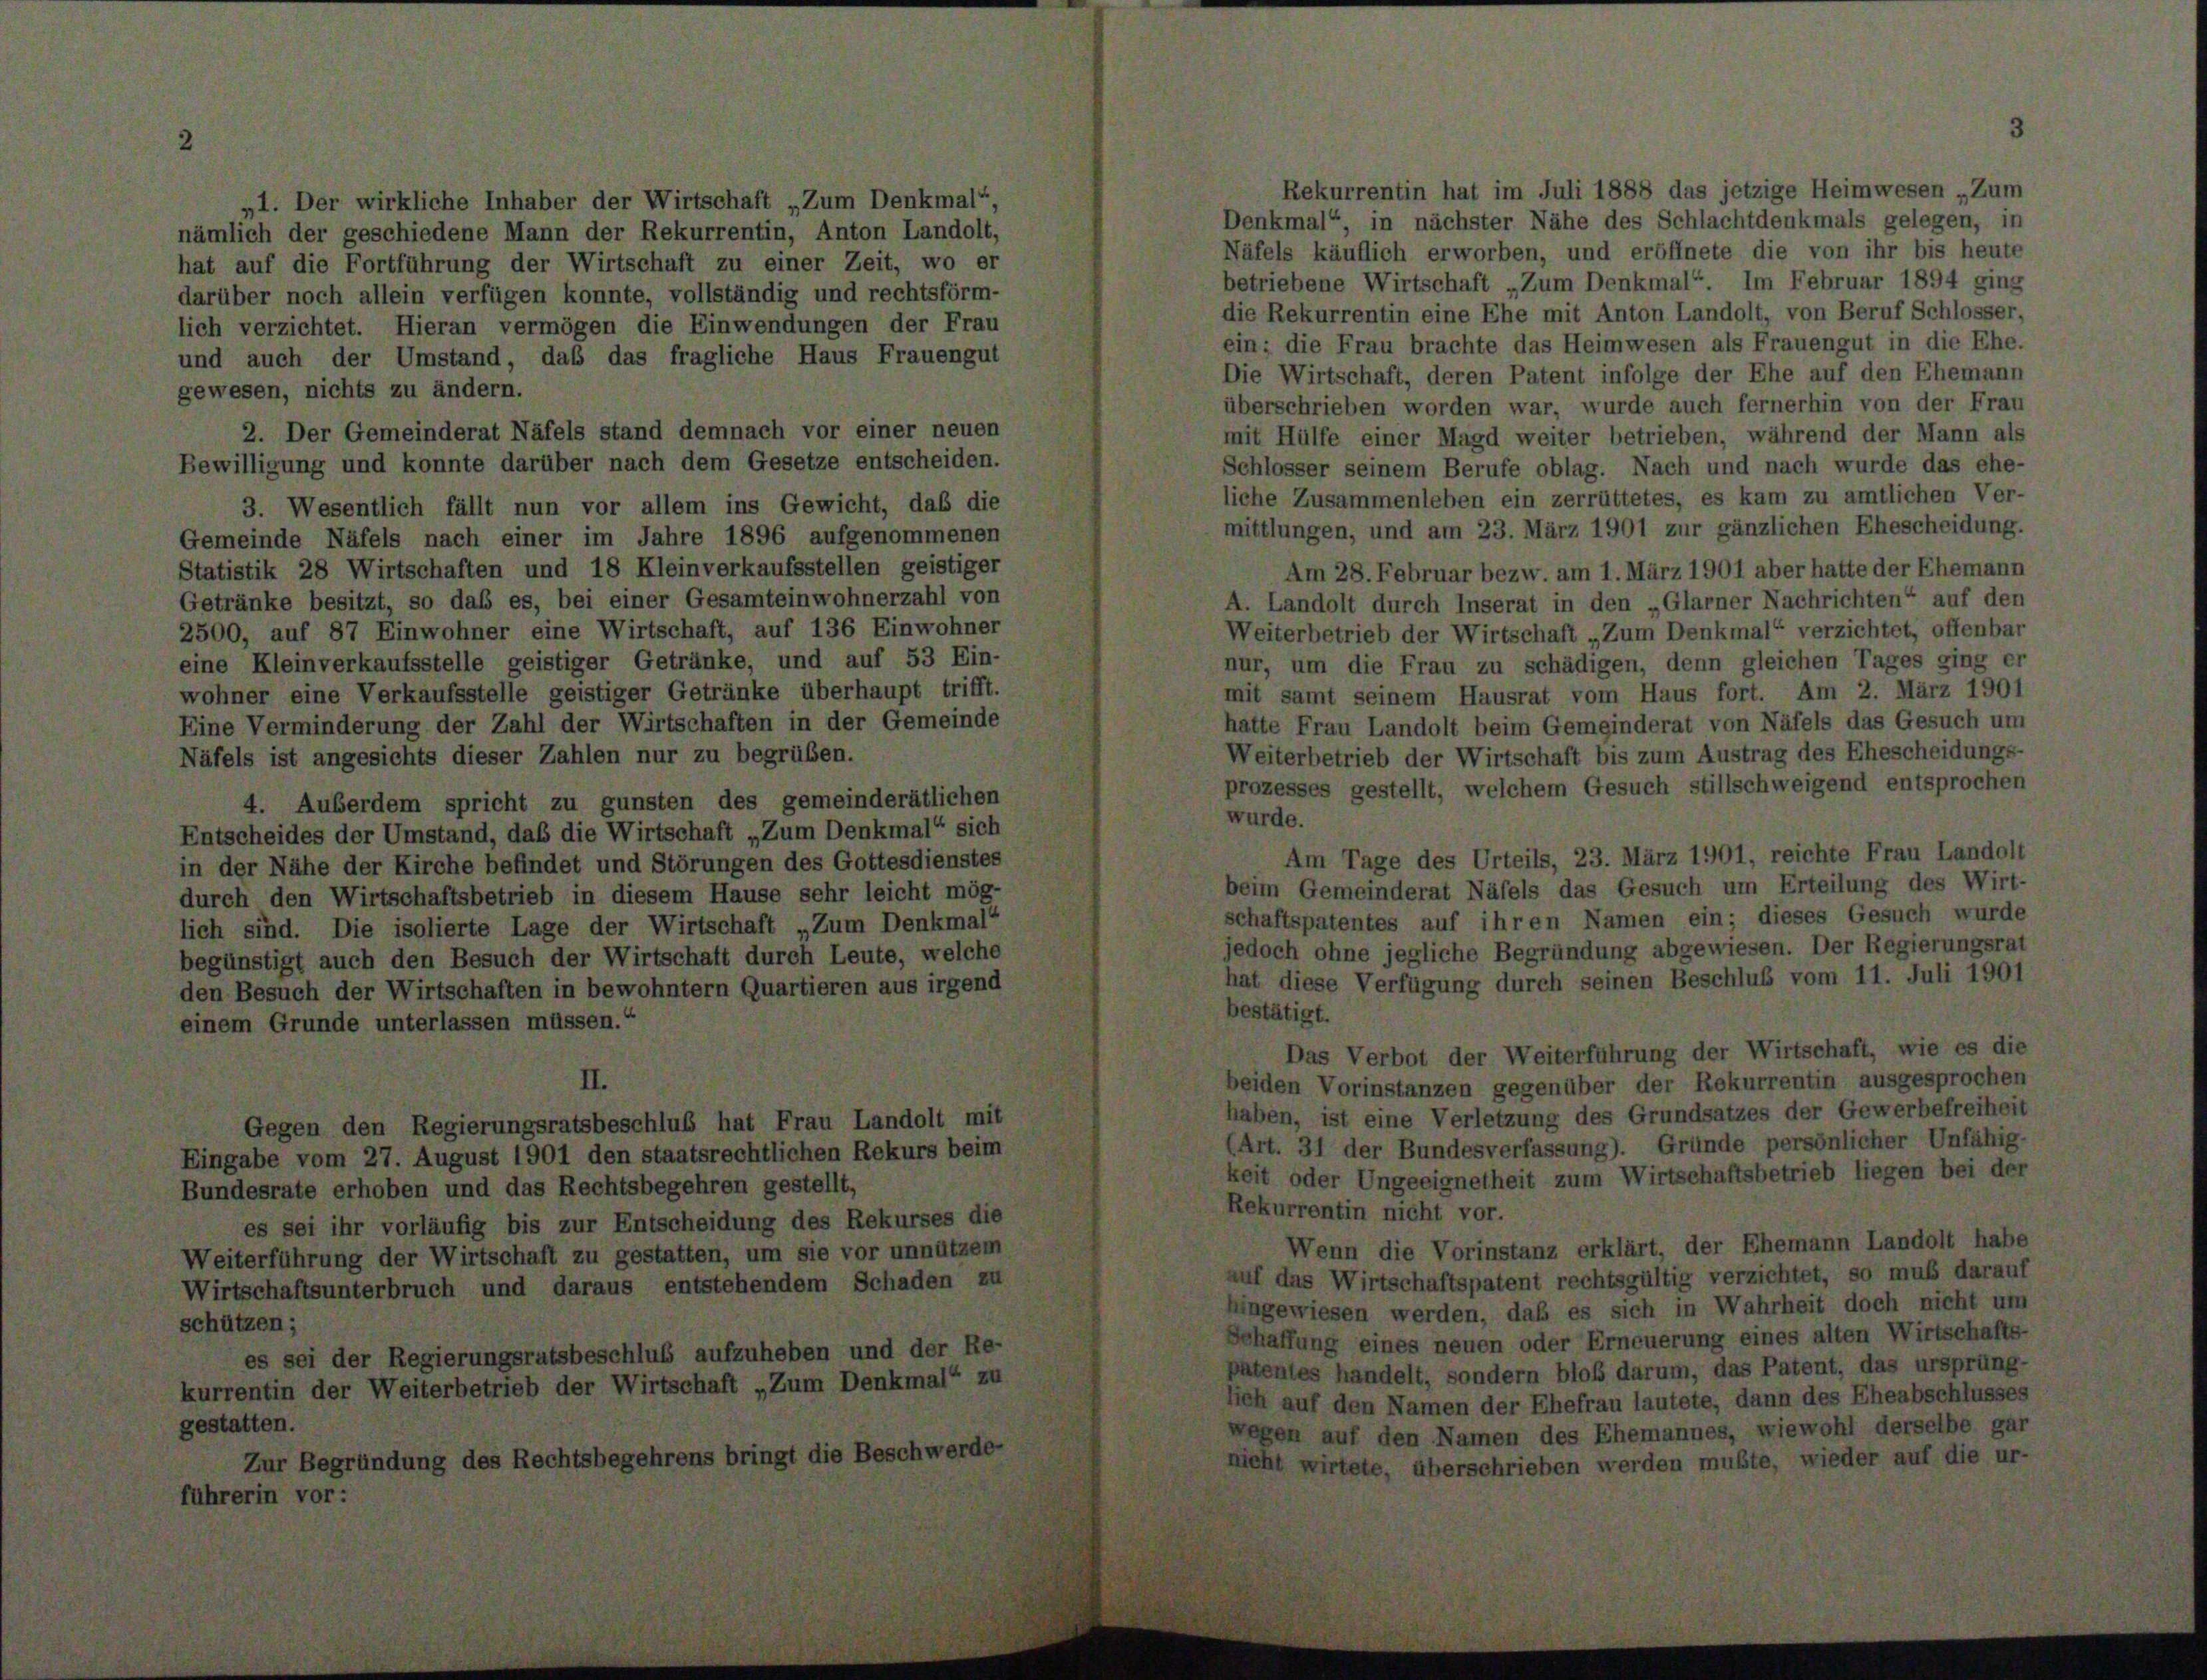
Rekurrentin hat im Juli 1888 das jetzige Heimwesen „Zum
„1. Der wirkliche Inhaber der Wirtschaft „Zum Denkmal“
Denkmal“ in nächster Nähe des Schlachtdenkmals gelegen, in
nämlich der geschiedene Mann der Rekurrentin, Anton Landolt,
Näfels käuflich erworben, und eröffnete die von ihr bis heute
hat auf die Fortführung der Wirtschaft zu einer Zeit, wo er
betriebene Wirtschaft „Zum Denkmal. Im Februar 1894 ging
darüber noch allein verfügen konnte, vollständig und rechtsförm-
die Rekurrentin eine Ehe mit Anton Landolt, von Beruf Schlosser,
lich verzichtet. Hieran vermögen die Einwendungen der Frau
ein; die Frau brachte das Heimwesen als Frauengut in die Ehe
und auch der Umstand, daß das fragliche Haus Frauengut
Die Wirtschaft, deren Patent infolge der Ehe auf den Ehemann
gewesen, nichts zu ändern.
überschrieben worden war, wurde auch fernerhin von der Frau
2. Der Gemeinderat Näfels stand demnach vor einer neuen
mit Hülfe einer Magd weiter betrieben, während der Mann als
Bewilligung und konnte darüber nach dem Gesetze entscheiden.
Schlosser seinem Berufe oblag. Nach und nach wurde das ehe-
liche Zusammenleben ein zerrüttetes, es kam zu amtlichen Ver-
3. Wesentlich fällt nun vor allem ins Gewicht, daß die
mittlungen, und am 23. März 1901 zur gänzlichen Ehescheidung.
Gemeinde Näfels nach einer im Jahre 1896 aufgenommenen
Statistik 28 Wirtschaften und 18 Kleinverkaufsstellen geistiger
Am 28. Februar bezw. am 1. März 1901 aber hatte der Ehemann
Getränke besitzt, so daß es, bei einer Gesamteinwohnerzahl von
A. Landolt durch Inserat in den „Glarner Nachrichten“ auf der
2500, auf 87 Einwohner eine Wirtschaft, auf 136 Einwohner
Weiterbetrieb der Wirtschaft „Zum Denkmal“ verzichtet, offenbar
eine Kleinverkaufsstelle geistiger Getränke, und auf 53 Ein-
nur, um die Frau zu schädigen, denn gleichen Tages ging er
wohner eine Verkaufsstelle geistiger Getränke überhaupt trifft.
mit samt seinem Hausrat vom Haus fort. Am 2. März 1901
Eine Verminderung der Zahl der Wirtschaften in der Gemeinde
hatte Frau Landolt beim Gemeinderat von Näfels das Gesuch um
Weiterbetrieb der Wirtschaft bis zum Austrag des Ehescheidungs-
Näfels ist angesichts dieser Zahlen nur zu begrüben.
prozesses gestellt, welchem Gesuch stillschweigend entsprochen
4. Auberdem spricht zu gunsten des gemeinderätlichen
wurde.
Entscheides der Umstand, daß die Wirtschaft „Zum Denkmal“ sich
Am Tage des Urteils, 23. März 1901, reichte Frau Landolt
in der Nähe der Kirche befindet und Störungen des Gottesdienstes
beim Gemeinderat Näfels das Gesuch um Erteilung des Wirt
durch den Wirtschaftsbetrieb in diesem Hause sehr leicht mög-
schaftspatentes auf ihren Namen ein; dieses Gesuch wurde
lich sind. Die isolierte Lage der Wirtschaft „Zum Denkmal“
jedoch ohne jegliche Begründung abgewiesen. Der Regierungsrat
begünstigt auch den Besuch der Wirtschaft durch Leute, welche
hat diese Verfügung durch seinen Beschluß vom 11. Juli 1901
den Besuch der Wirtschaften in bewohntem Quartieren aus irgend
bestätigt.
einem Grunde unterlassen müssen.“
Das Verbot der Weiterführung der Wirtschaft, wie es die
II.
beiden Vorinstanzen gegenüber der Rekurrentin ausgesprochen
haben, ist eine Verletzung des Grundsatzes der Gewerbefreiheit
Gegen den Regierungsratsbeschluß hat Frau Landolt mit
(Art. 31 der Bundesverfassung). Gründe persönlicher Unfähig
Eingabe vom 27. August 1901 den staatsrechtlichen Rekurs beim
keit oder Ungeeignetheit zum Wirtschaftsbetrieb liegen bei der
Bundesrate erhoben und das Rechtsbegehren gestellt,
Rekurrentin nicht vor.
es sei ihr vorläufig bis zur Entscheidung des Rekurses die
Wenn die Vorinstanz erklärt, der Ehemann Landolt habe
Weiterführung der Wirtschaft zu gestatten, um sie vor unnützem
auf das Wirtschaftspatent rechtsgültig verzichtet, so muß darauf
Wirtschaftsunterbruch und daraus entstehendem Schaden zu
hingewiesen werden, daß es sich in Wahrheit doch nicht un
schützen;
Schaffung eines neuen oder Erneuerung eines alten Wirtschafts
es sei der Regierungsratsbeschluß aufzuheben und der Re-
patentes handelt, sondern bloß darum, das Patent, das ursprüng-
kurrentin der Weiterbetrieb der Wirtschaft „Zum Denkmal“ zu
lich auf den Namen der Ehefrau lautete, dann des Eheabschlüsse
gestatten.
wegen auf den Namen des Ehemannes, wiewohl derselbe gar
Zur Begründung des Rechtsbegehrens bringt die Beschwerde
nicht wirtete, überschrieben werden mußte, wieder auf die ur-
fuhrerin vor: